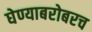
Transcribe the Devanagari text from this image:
घेण्याबरोबरच